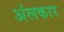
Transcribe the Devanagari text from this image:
अंलकार